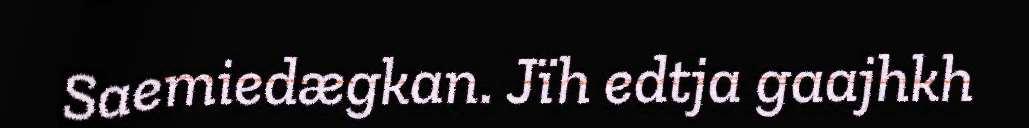
Saemiedægkan. Jïh edtja gaajhkh